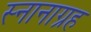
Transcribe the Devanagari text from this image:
स्नानाग्रह